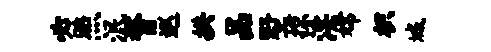
必照泯瞀巡拱品墅掠淫嫦枳城